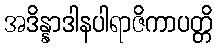
အဒိန္နာဒါနပါရာဇိကာပတ္တိ